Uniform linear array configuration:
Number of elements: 8
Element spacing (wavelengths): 1
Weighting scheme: kaiser
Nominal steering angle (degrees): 30
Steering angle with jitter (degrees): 31.431
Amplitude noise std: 0.05
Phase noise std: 0.05

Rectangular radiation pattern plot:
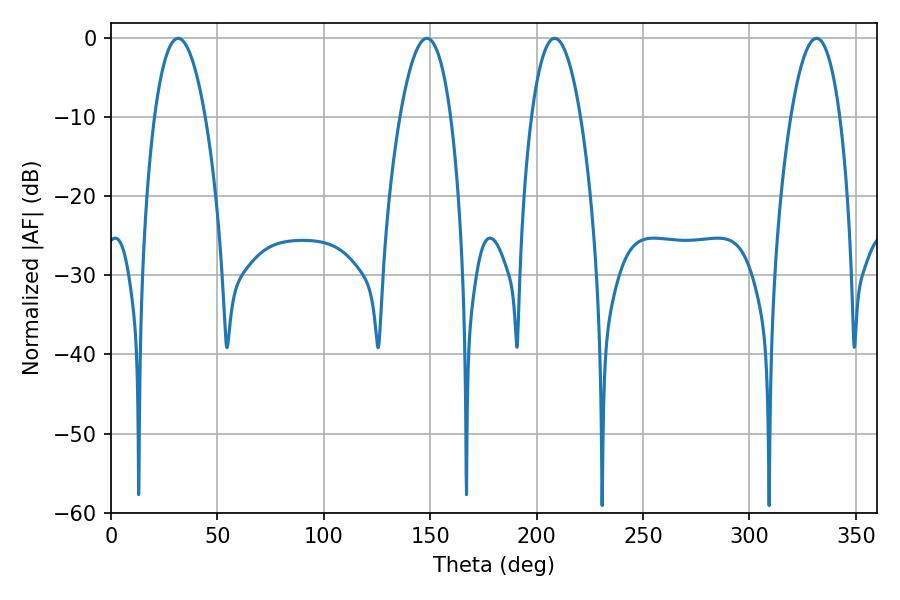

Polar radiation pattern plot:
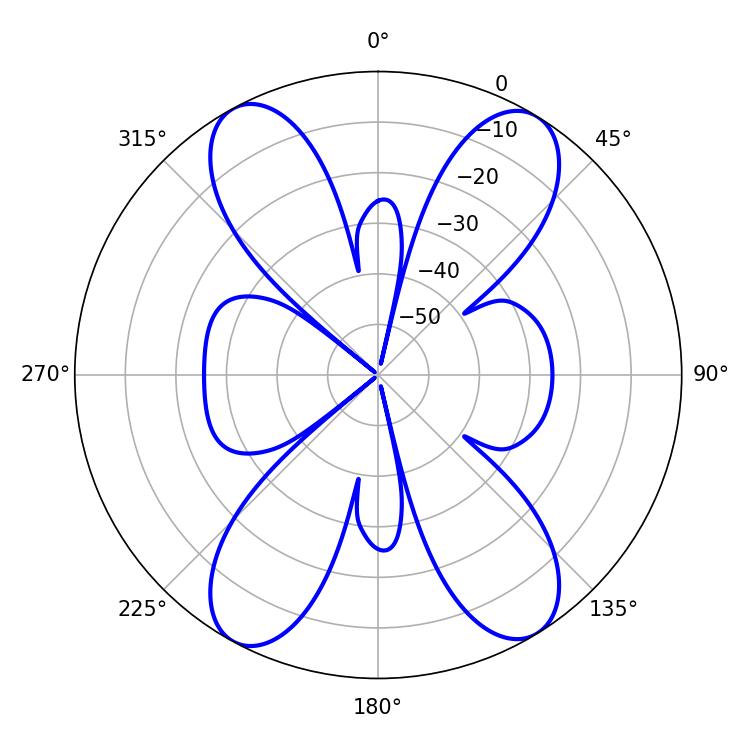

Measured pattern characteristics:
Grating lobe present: TRUE
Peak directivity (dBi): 18.165
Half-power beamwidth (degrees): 12.78
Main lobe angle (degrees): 208.44